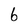
Character: 6